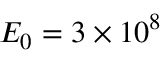
E _ { 0 } = 3 \times 1 0 ^ { 8 }